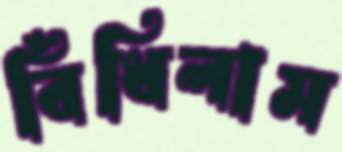
বিঁধিলাম